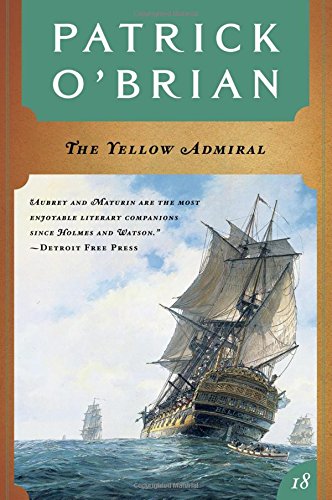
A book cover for The Yellow Admiral (Vol. Book 18)  (Aubrey/Maturin Novels); Patrick O'Brian; Literature & Fiction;